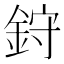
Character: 𫒙